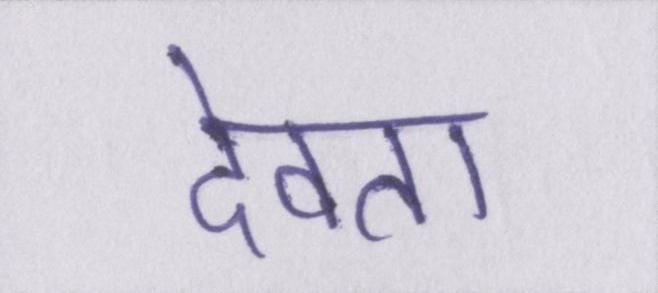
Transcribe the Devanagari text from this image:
देवता